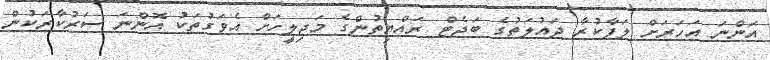
އަންނަ އަހަރަށް ލަފާކުރާ ދައުލަތުގެ ބަޖެޓް ރައްޔިތުންގެ މަޖިލީހަށް އެވަގުތަކު އޮންނަ ސަރުކާރަކުން